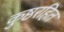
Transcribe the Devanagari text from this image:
कुष्ठरहित